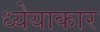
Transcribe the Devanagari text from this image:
ध्येयाकार